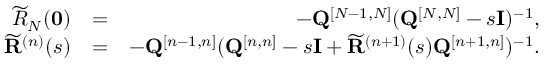
\begin{array} { r l r } { \widetilde R _ { N } ( { \bf 0 } ) } & { = } & { - { \bf Q } ^ { [ N - 1 , N ] } ( { \bf Q } ^ { [ N , N ] } - s { \bf I } ) ^ { - 1 } , } \\ { \widetilde { \bf R } ^ { ( n ) } ( s ) } & { = } & { - { \bf Q } ^ { [ n - 1 , n ] } ( { \bf Q } ^ { [ n , n ] } - s { \bf I } + \widetilde { \bf R } ^ { ( n + 1 ) } ( s ) { \bf Q } ^ { [ n + 1 , n ] } ) ^ { - 1 } . } \end{array}